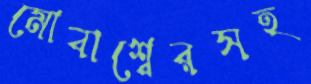
মোবাশ্বেরসহ